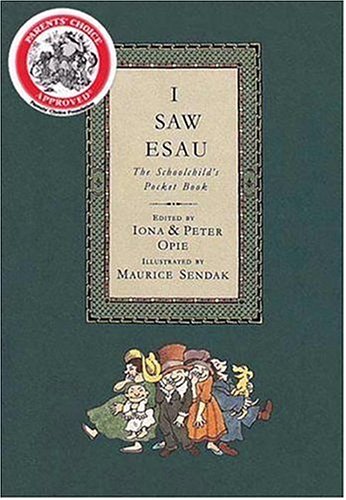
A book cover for I Saw Esau: The Schoolchild's Pocket Book; Teen & Young Adult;